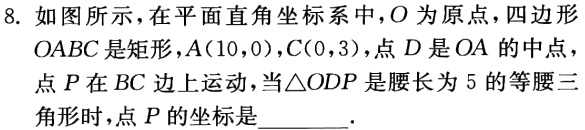
8. 如图所示，在平面直角坐标系中，\(O\)为原点，四边形\(OABC\)是矩形，\(A(10,0)\)，\(C(0,3)\)，点\(D\)是\(OA\)的中点，点\(P\)在\(BC\)边上运动，当\(\triangle ODP\)是腰长为\(5\)的等腰三角形时，点\(P\)的坐标是  .